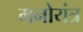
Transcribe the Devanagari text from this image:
मनोयंत्र